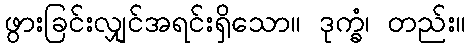
ဖွားခြင်းလျှင်အရင်းရှိသော။ ဒုက္ခံ၊ တည်း။